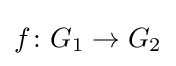
f\colon G_{1}\to G_{2}